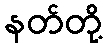
နတ်တို့